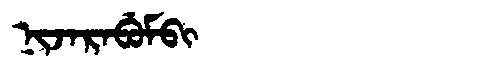
Manchu: ᠨᡳᠵᠠᡵᠠᠪᡠᠮᠪᡳ
Romanization: NIJARABUMBI